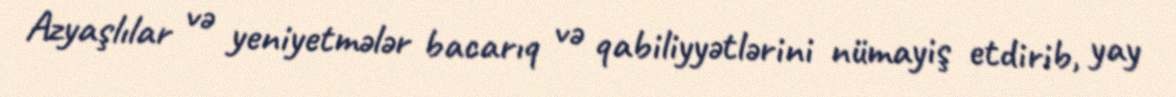
Azyaşlılar və yeniyetmələr bacarıq və qabiliyyətlərini nümayiş etdirib, yay